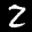
Label: 2